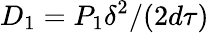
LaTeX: D_{1}=P_{1}\delta^{2}/(2d\tau)